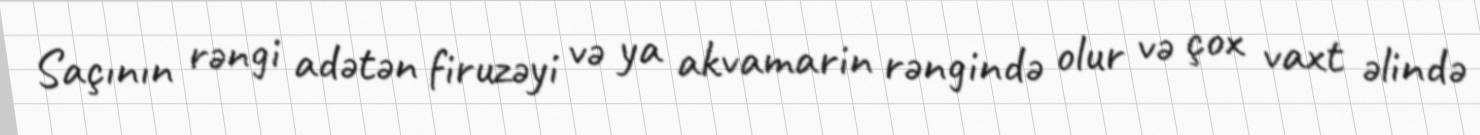
Saçının rəngi adətən firuzəyi və ya akvamarin rəngində olur və çox vaxt əlində